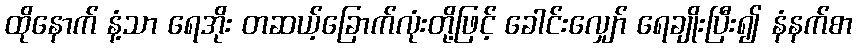
ထိုနောက် နံ့သာ ရေအိုး တဆယ့်ခြောက်လုံးတို့ဖြင့် ခေါင်းလျှော် ရေချိုးပြီး၍ နံနက်စာ